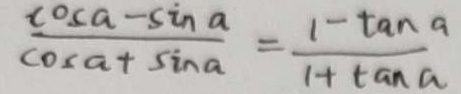
\frac { \cos a - \sin a } { \cos a + \sin a } = \frac { 1 - \tan a } { 1 + \tan a }